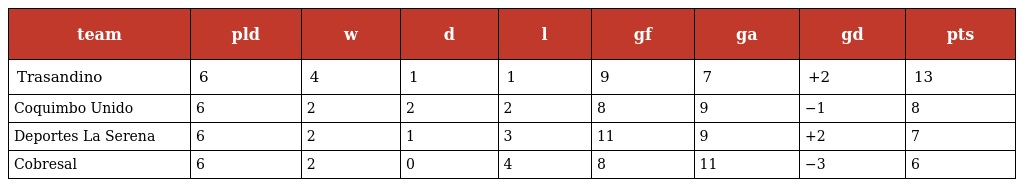
| team | pld | w | d | l | gf | ga | gd | pts |
 | --- | --- | --- | --- | --- | --- | --- | --- | --- |
 | Trasandino | 6 | 4 | 1 | 1 | 9 | 7 | +2 | 13 |
 | Coquimbo Unido | 6 | 2 | 2 | 2 | 8 | 9 | −1 | 8 |
 | Deportes La Serena | 6 | 2 | 1 | 3 | 11 | 9 | +2 | 7 |
 | Cobresal | 6 | 2 | 0 | 4 | 8 | 11 | −3 | 6 |